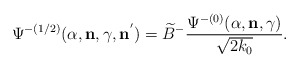
\begin{align*}{\Psi}^{-(1/2)}(\alpha,{\bf n},\gamma,{\bf n}^{'})=\widetilde{B}^{-}\frac{{\Psi}^{-(0)}(\alpha,{\bf n},\gamma)}{\sqrt{2k_0}}.\end{align*}